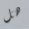
هل